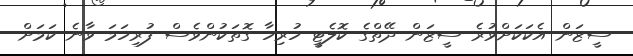
ސީޒަން އެކަކަށްވުރެ ސީޒަން ދޭތްގެ ކޮލެޓީ ހުރިހާ ގޮތަކުންވެސް ފުރިހަމަ ވާނެ ކަމަށް